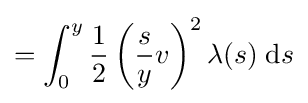
=\int _{0}^{y}{\frac {1}{2}}\left({\frac {s}{y}}v\right)^{2}\lambda (s)\;\mathrm {d} s